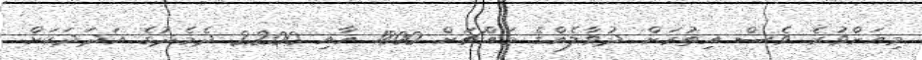
މިއަށްވުރެ ވެސް އިތުރަށް ދުވާލެއްގެ މައްޗަށް 1800 އާއި 2200 ދެމެދުގެ އަދަދަކަށް